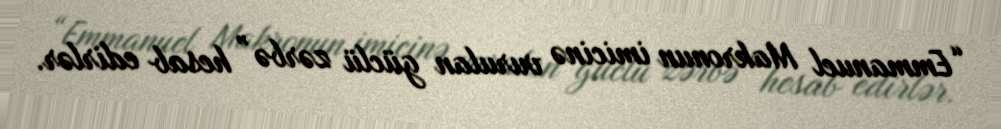
“Emmanuel Makronun imicinə vurulan güclü zərbə” hesab edirlər.